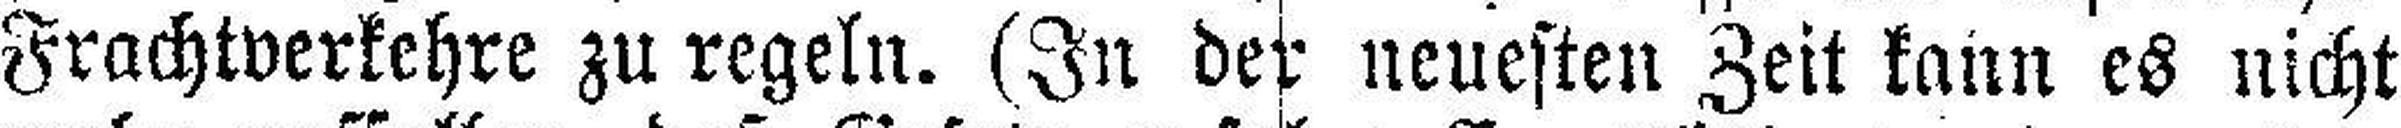
Frachtverkehre zu regeln. (In der neuesten Zeit kann es nicht